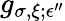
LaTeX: g_{\sigma,\xi;\epsilon^{\prime\prime}}